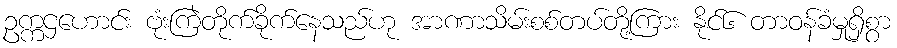
ဥက္ကဌဟောင်း ဗုံးကြဲတိုက်ခိုက်နေသည်ဟု အာဏာသိမ်းစစ်တပ်တို့ကြား နိုင်၆ တာဝန်ခံမှုရှိစွာ